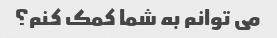
می توانم به شما کمک کنم؟